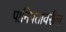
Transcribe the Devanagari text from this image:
पानिपतावरील